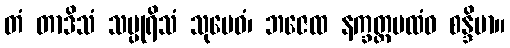
တံ တာဒိသံ သပ္ပုရိသံ သုမေဓံ၊ ဘဇေထ နက္ခတ္တပထံဝ စန္ဒိမာ။